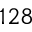
1 2 8